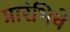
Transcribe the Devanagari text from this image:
प्रारंभिचे